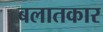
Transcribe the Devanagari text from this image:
बलातकार